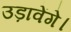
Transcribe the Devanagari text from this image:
उड़ावेंगे।